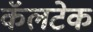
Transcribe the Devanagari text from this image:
कॅलटेक